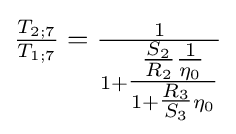
{\tfrac {T_{2;7}}{T_{1;7}}}={\tfrac {1}{1+{\tfrac {{\tfrac {S_{2}}{R_{2}}}{\tfrac {1}{\eta _{0}}}}{1+{\tfrac {R_{3}}{S_{3}}}\eta _{0}}}}}